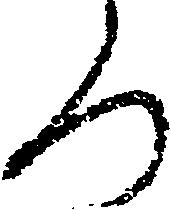
ろ